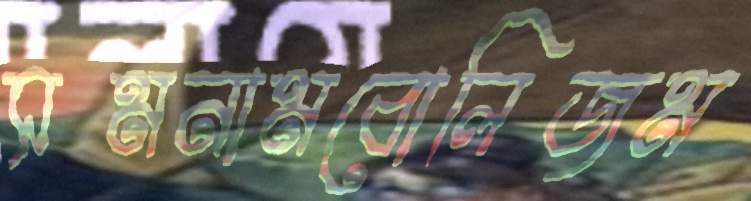
সমনামবোলিজম